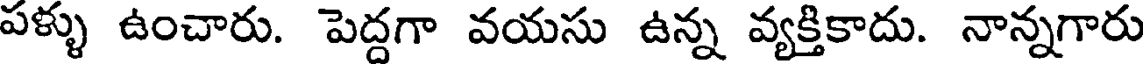
పళ్ళు ఉంచారు. పెద్దగా వయసు ఉన్న వ్యక్తికాదు. నాన్నగారు